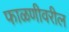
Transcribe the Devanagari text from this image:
फाळणीवरील